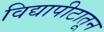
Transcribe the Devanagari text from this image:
विद्यापीटातून